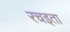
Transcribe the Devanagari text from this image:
रचइता